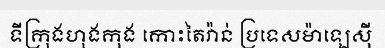
ទីក្រុងហុងកុង កោះតៃវ៉ាន់ ប្រទេសម៉ាឡេស៊ី